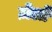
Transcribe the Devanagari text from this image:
ज़ेलो